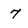
Character: 7